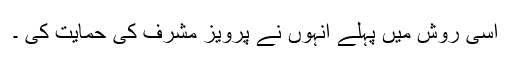
اسی روش میں پہلے انہوں نے پرویز مشرف کی حمایت کی ۔